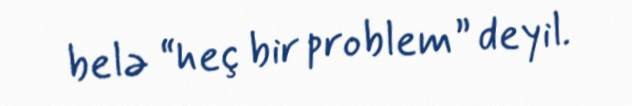
belə “heç bir problem” deyil.